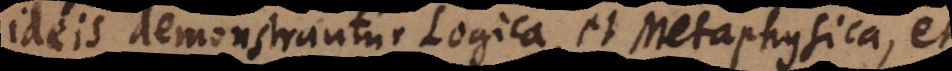
ideis demonstrantur Logica, et Metaphysica, et